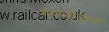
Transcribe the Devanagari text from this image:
मैफर्सडोर्फ़